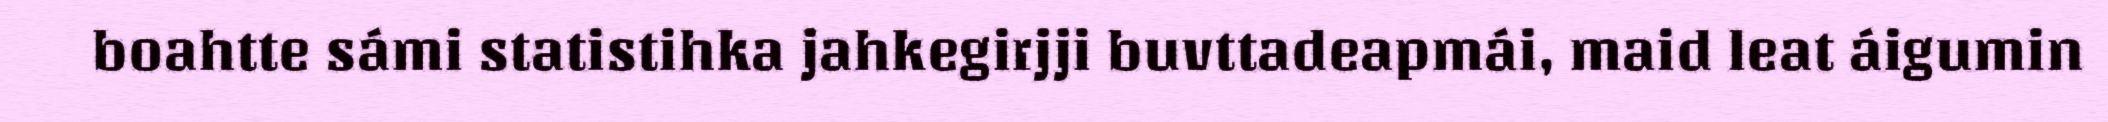
boahtte sámi statistihka jahkegirjji buvttadeapmái, maid leat áigumin